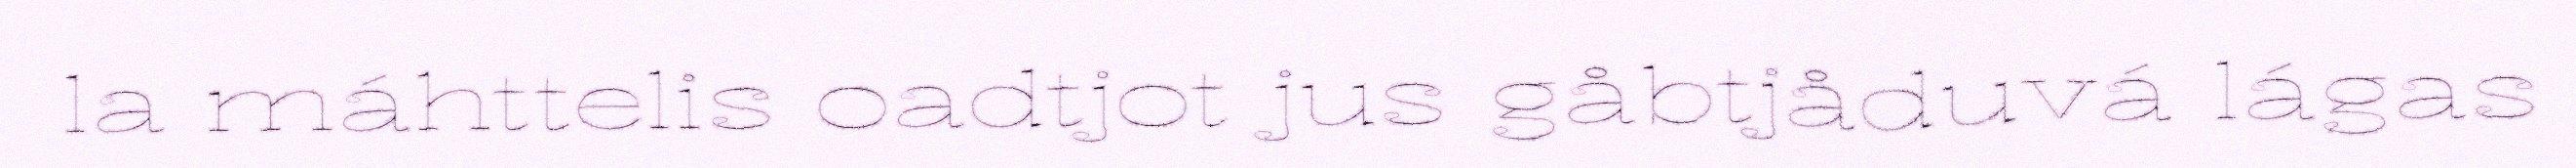
la máhttelis oadtjot jus gåbtjåduvá lágas